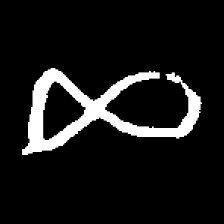
Pyu character \u2014 Myanmar letter: ဆ (romanized: cha)